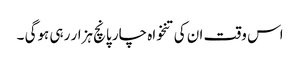
اس وقت ان کی تنخواہ چار پانچ ہزار رہی ہوگی ۔